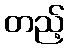
တည့်